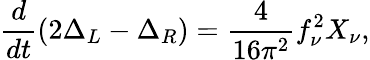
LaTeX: {\frac{d}{dt}}(2\Delta_{L}-\Delta_{R})={\frac{4}{16\pi^{2}}}f_{\nu}^{2}X_{\nu},